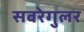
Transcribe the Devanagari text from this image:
सबरेगुलर